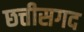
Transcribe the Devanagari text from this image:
छत्तीसगद